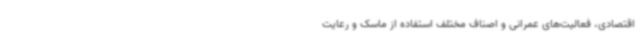
اقتصادی، فعالیت‌های عمرانی و اصناف مختلف استفاده از ماسک و رعایت